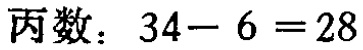
丙数：\(34 - 6 = 28\)